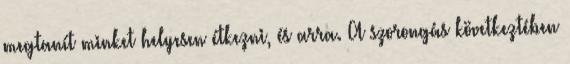
megtanít minket helyesen étkezni, és arra. A szorongás következtében